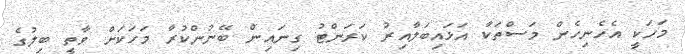
މަހަކީ އެހެނިހެން މަސްތަކާ އަޅައިބަލާއިރު ކަރަންޓު ގިނައިން ބޭނުންކުރާ މަހަކަށް ވާތީ ބިލުގެ